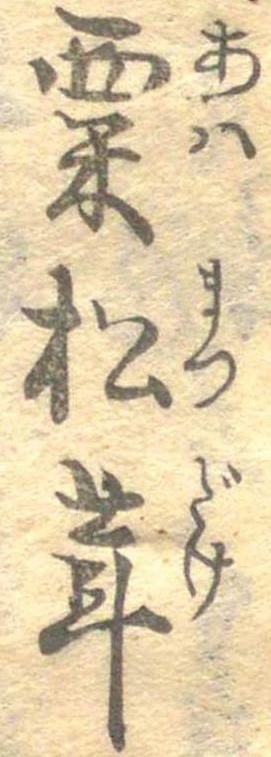
粟松茸